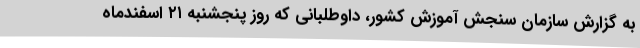
به گزارش سازمان سنجش آموزش کشور، داوطلبانی که روز پنجشنبه ۲۱ اسفندماه